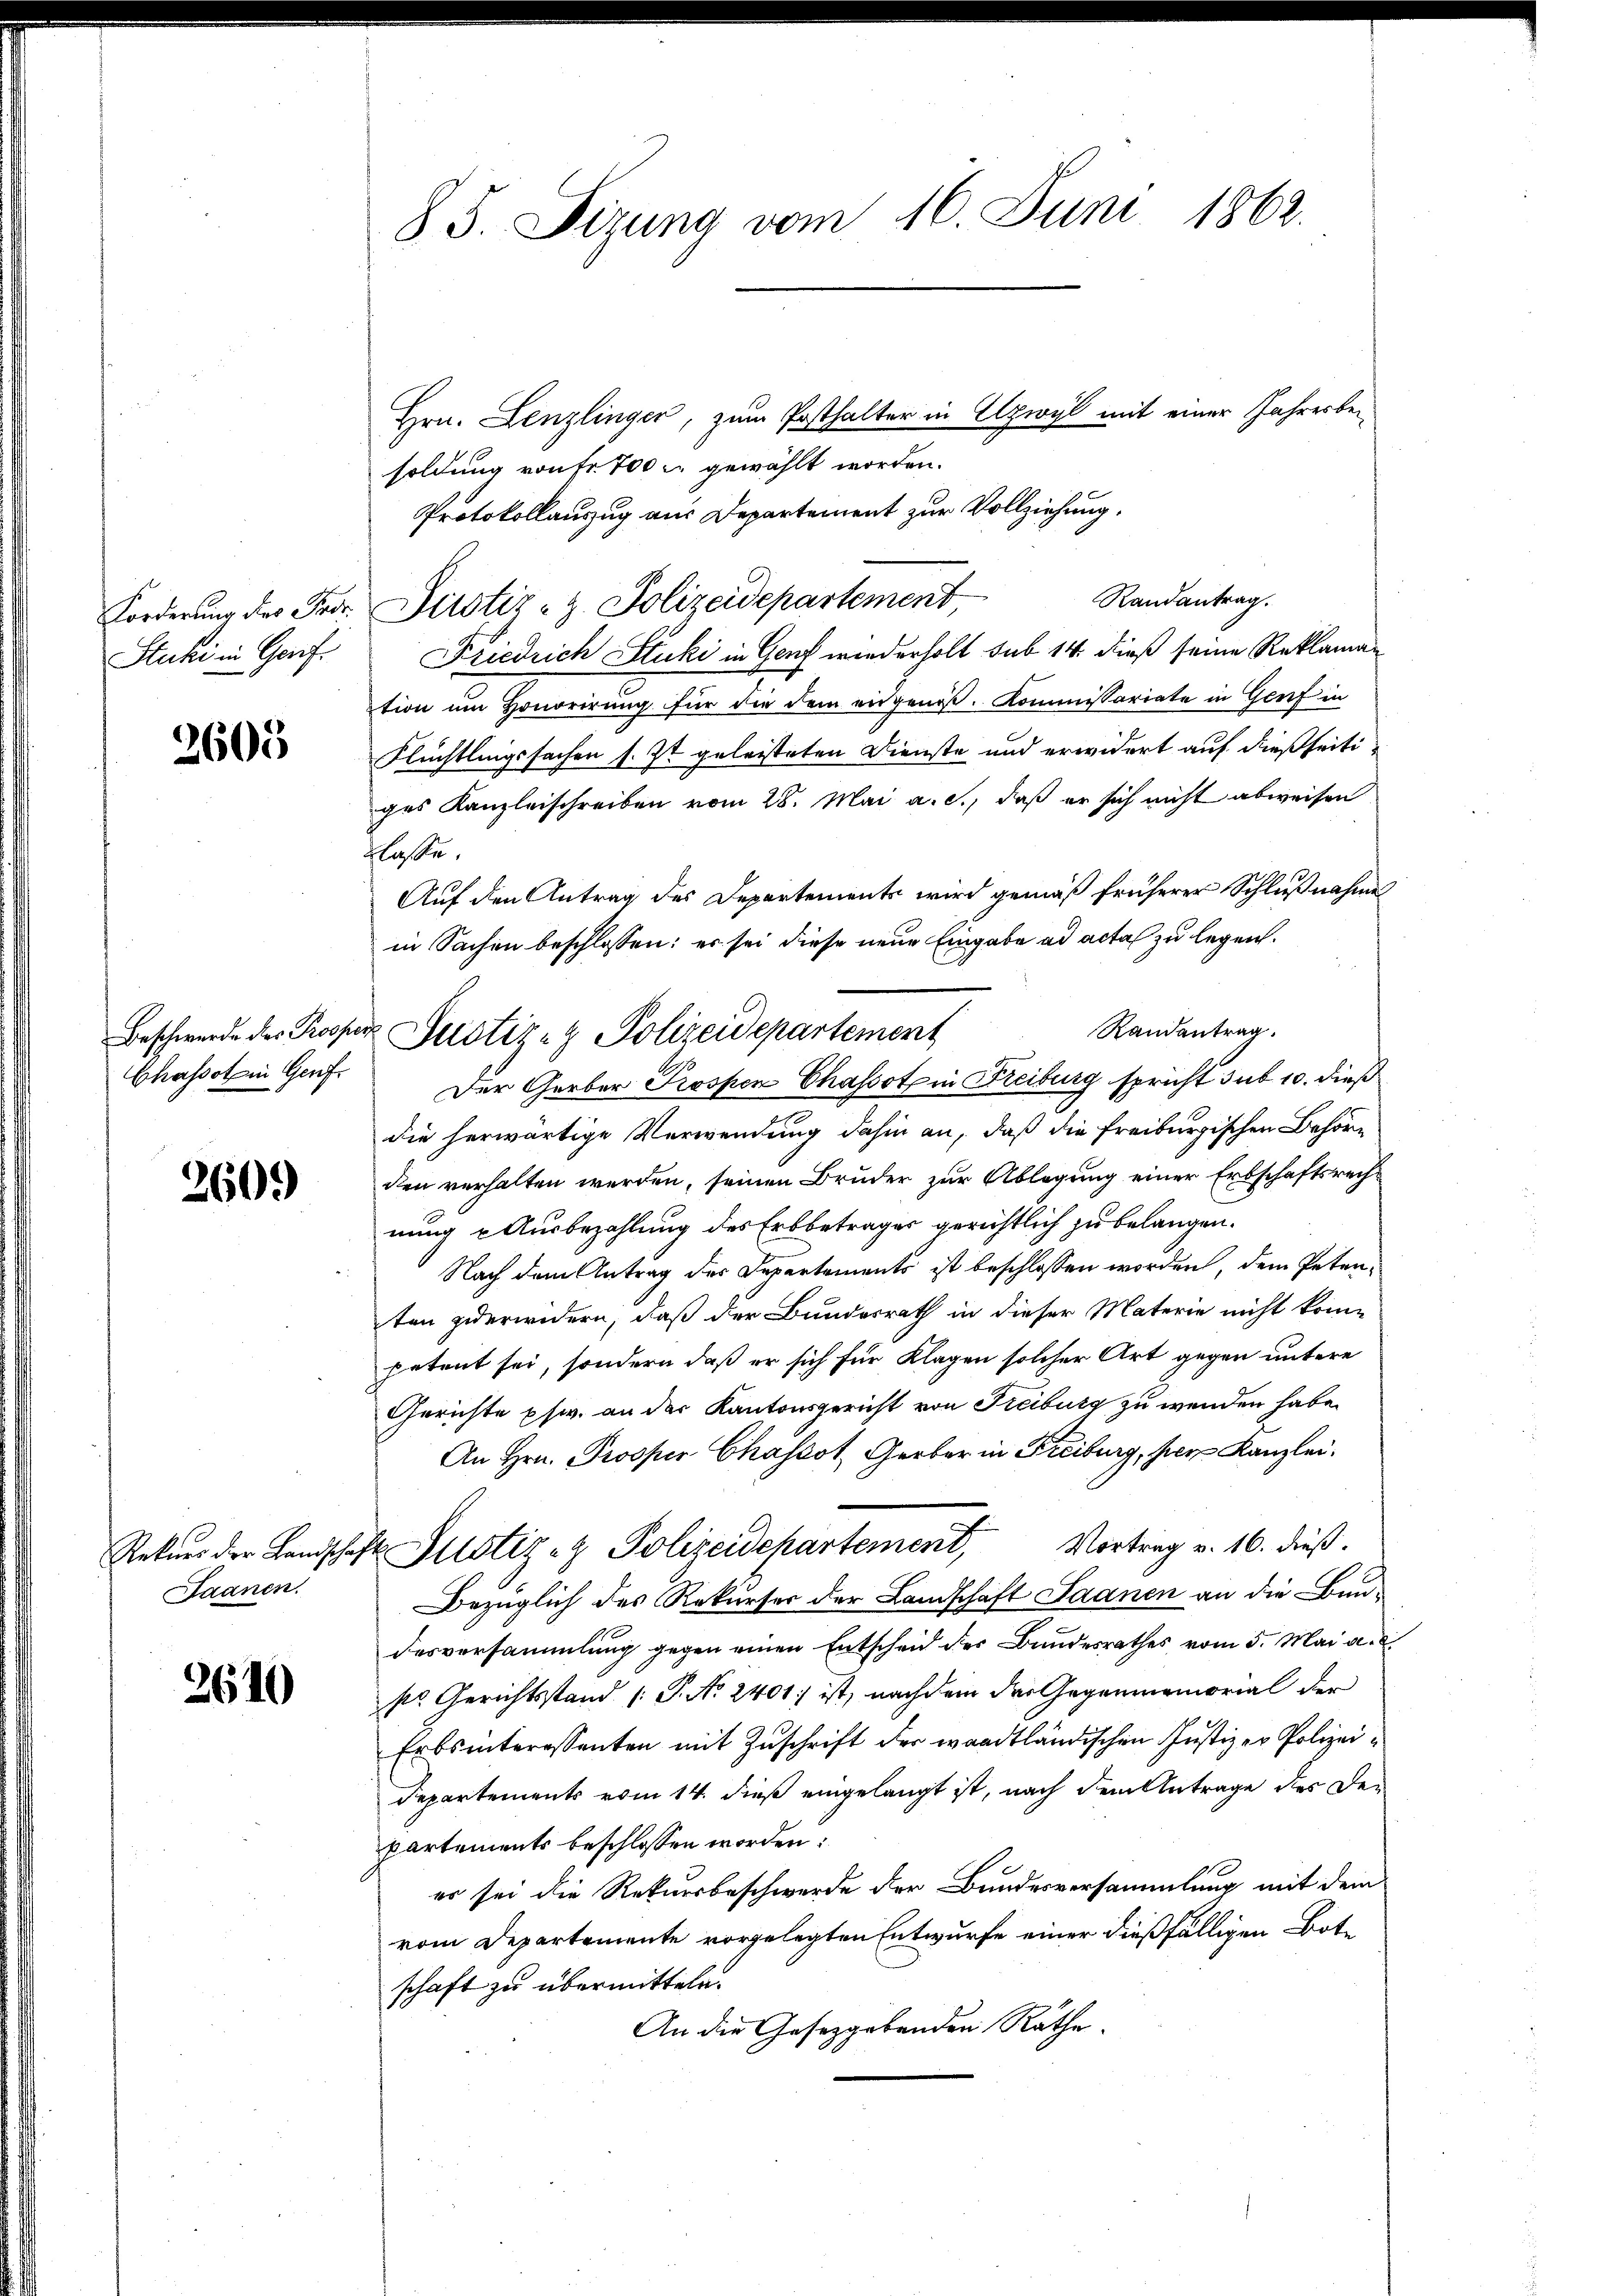
Forderung des Pros
Stuke in Genf.

2605

Chassot in Genf.

260.)

Peters der Keusche
Saanen.

2610

8 S. Fizung vom 16. Juni 1862.

Hrn. Lenzlinger, zum Posthalter in Elzwyl mit einer Jahresbeisoldung von Fr. 700 gewählt worden.
Protokollauszug aus Departement zur Vollziehung.
Justiz- & Polizeidepartement
Friedrich Stuki in Genf wiederholt sub 14 dieß seine Reklaman
tion um Honorirung für die dem eingenöβ. Kommissariate in Genf in
Flüchtlingssachen s. Zt geleisteten Dienste und erwidert auf dießseitiges Kanzleischreiben vom 28. Mai a. c., daß er sich nicht abweisen
flasse.
Auf den Antrag des Departements wird gemäß früherer Schlußnahme
in Sachen beschlossen: er sei diese neue Eingabe ad acta zu legen.
Randantrag.
Der Gerber Prospen Chassot in Freiburg spricht sub 10. dieß
die herwärtige Verwendung dahin an, daß die freiburgischen Behöre
den verhalten werden, seinen Bruder zur Ablegung einer Erbschaftsrechnung u Ausbezahlung des Erbbetrages gerichtlich zu belangen.
Nach dem Antrag der Departements ist beschlossen worden, dem Petenten zuerwidern, daß der Bundesrath in dieser Materie nicht kom-
petent sei, sondern daß er sich für Klagen solcher Art gegen untere
Gerichte pfw. an der Kantonsgericht von Freiburg zu wenden habe.
An Hrn. Prooper Chassot, Gerber in Freiburg, per Kanzlei.
4. Justiz- & Polizeidepartement, Vortrag v. 16. dieß.
Bezüglich des Rekurser der Landschaft Saanen an die Bundesvorsammlung gegen einen Entscheid der Bundesrathes vom 5. Mai a. d.
so Gerichtsstand (P. No 2401 ist, nachdem der Gegenmemorial der
Erbsinteressanten mit Zuschrift der waadtländischen Justiz er Polizei¬
Departements vom 14. dieß eingelangt ist, nach dem Antrage des Den
partements beschlossen worden:
er sei die Rekursbeschwerde der Bundesversammlung mit dem
vom Departemente vorgelegten Entwurfe einer dießfälligen Botschaft zu übermitteln.
An die Gesetzgebenden Räthe.

Beschwerde des Prosper Justiz- & Polizeidepartement

Randantrag.